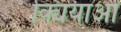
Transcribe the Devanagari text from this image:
क्यियाओं